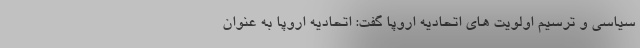
سیاسی و ترسیم اولویت های اتحادیه اروپا گفت: اتحادیه اروپا به عنوان